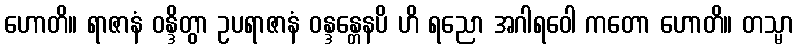
ဟောတိ။ ရာဇာနံ ဝန္ဒိတွာ ဥပရာဇာနံ ဝန္ဒန္တေနပိ ဟိ ရညော အဂါရဝေါ ကတော ဟောတိ။ တသ္မာ